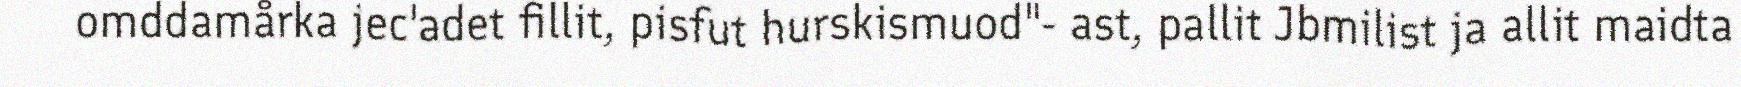
omddamårka jec'adet fillit, pisfut hurskismuod"- ast, pallit Jbmilist ja allit maidta